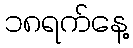
၁၈ရက်နေ့